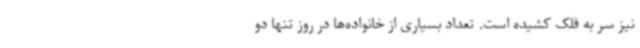
نیز سر به فلک کشیده است. تعداد بسیاری از خانواده‌ها در روز تنها دو